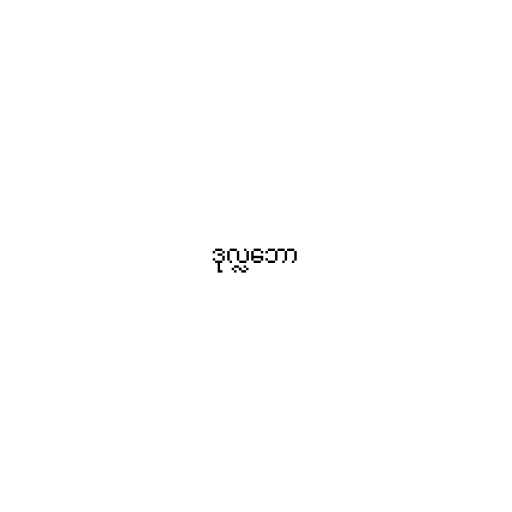
ဒုလ္လဘော